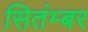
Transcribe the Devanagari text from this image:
सितंम्बर